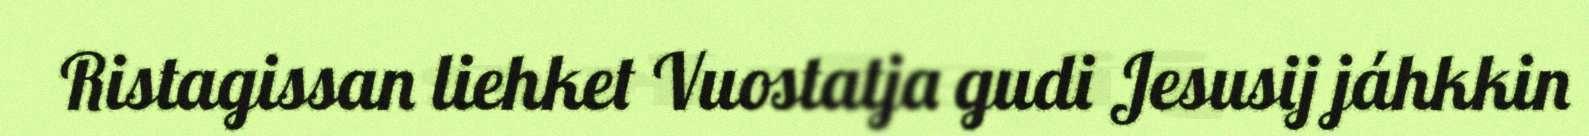
Ristagissan liehket Vuostatja gudi Jesusij jáhkkin